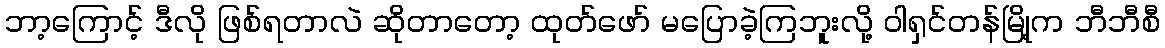
ဘာ့ကြောင့် ဒီလို ဖြစ်ရတာလဲ ဆိုတာတော့ ထုတ်ဖော် မပြောခဲ့ကြဘူးလို့ ဝါရှင်တန်မြို့က ဘီဘီစီ